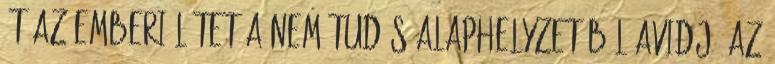
át az emberi létet a nem-tudás alaphelyzetéből avidjá az